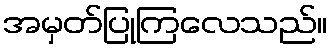
အမှတ်ပြုကြလေသည်။